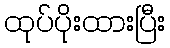
ထုပ်ပိုးထားပြီး